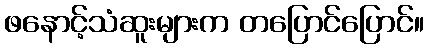
ဖနောင့်သံဆူးများက တပြောင်ပြောင်။